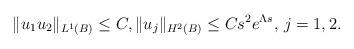
LaTeX: \begin{align*}\Vert u_1u_2\Vert_{L^1(B)} \leq C, \Vert u_j\Vert_{H^2(B)} \leq Cs^2e^{\Lambda s}, \, j=1,2.\end{align*}